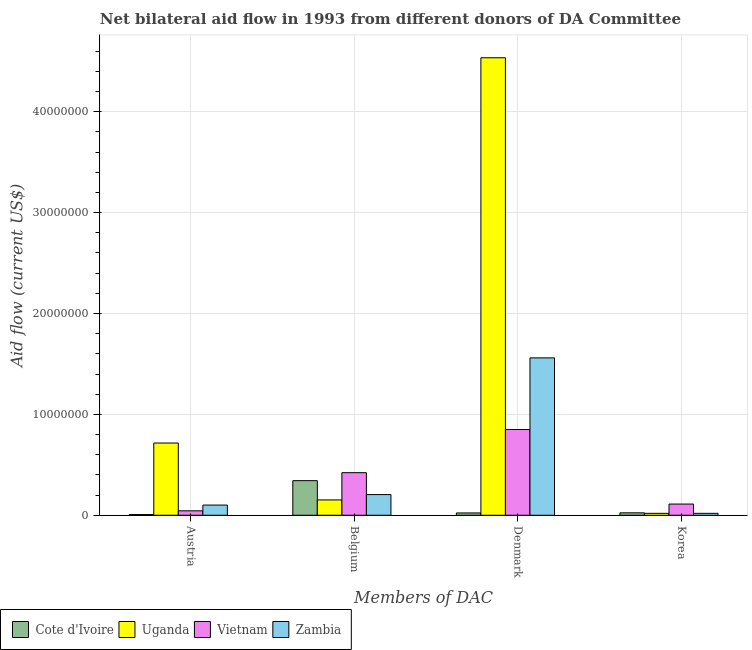
| Members of DAC | Cote d'Ivoire | Uganda | Vietnam | Zambia |
 | --- | --- | --- | --- | --- |
 | Austria | 7e+04 | 7.16e+06 | 4.4e+05 | 1.01e+06 |
 | Belgium | 3.43e+06 | 1.52e+06 | 4.22e+06 | 2.05e+06 |
 | Denmark | 2.3e+05 | 4.54e+07 | 8.5e+06 | 1.56e+07 |
 | Korea | 2.4e+05 | 1.9e+05 | 1.11e+06 | 1.9e+05 |